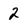
Character: 2